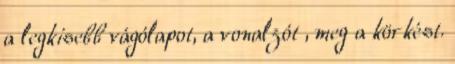
a legkisebb vágólapot, a vonalzót , meg a körkést.